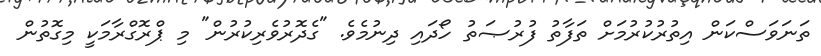
ތަނަވަސްކަން އިތުރުކުރުމަށް ތަފާތު ފުރުޞަތު ހޯދައި ދިނުމެވެ. "ގެދޮރުވެރިކުރުން" މި ޕްރޮގްރާމަކީ މިގޮތުން